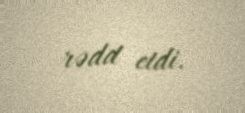
rədd etdi.